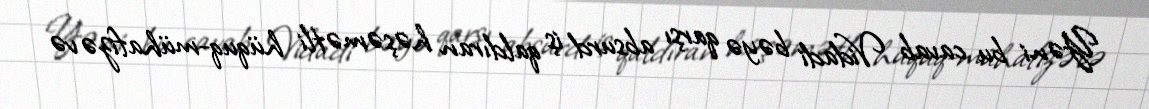
Yəni bu cavab Vidadi bəyə qarşı absurd iş qaldıran həşəmətli hüquq-mühafizə və